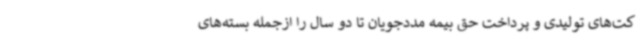
کت‌های تولیدی و پرداخت حق بیمه مددجویان تا دو سال را ازجمله بسته‌های